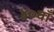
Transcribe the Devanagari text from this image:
४०वाँ